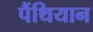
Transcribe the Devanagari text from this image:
पैंथियान